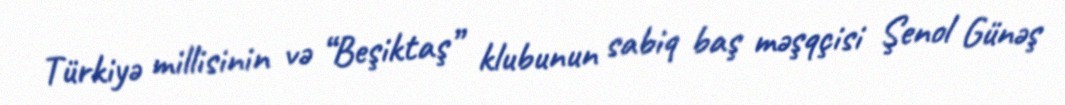
Türkiyə millisinin və “Beşiktaş” klubunun sabiq baş məşqçisi Şenol Günəş